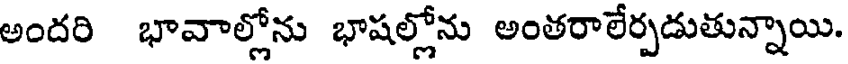
అందరి భావాల్లోను భాషల్లోను అంతరాలేర్పడుతున్నాయి.